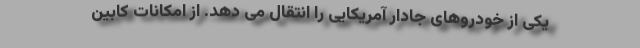
یکی از خودروهای جادار آمریکایی را انتقال می دهد. از امکانات کابین